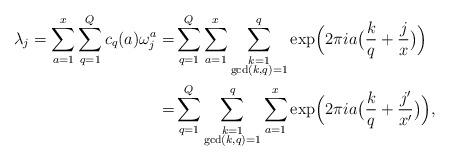
LaTeX: \begin{align*}\lambda_j=\sum_{a=1}^{x} \sum_{q=1}^{Q} c_q(a) \omega_j^a=& \sum_{q=1}^{Q} \sum_{a=1}^{x} \sum_{\substack{k=1 \\ \gcd(k,q)=1}}^q \exp \Bigl(2 \pi i a \bigl(\frac{k}{q}+\frac{j}{x} \bigr) \Bigr)\\=& \sum_{q=1}^{Q} \sum_{\substack{k=1 \\ \gcd(k,q)=1}}^q \sum_{a=1}^{x} \exp \Bigl(2 \pi i a \bigl(\frac{k}{q}+\frac{j'}{x'} \bigr) \Bigr),\end{align*}